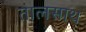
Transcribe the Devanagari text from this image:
तालसाथ